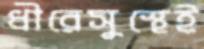
ধীরেসুস্থেই